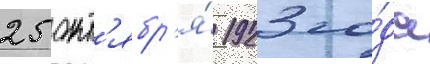
25 окт'ябр'я́ 1923 го́да